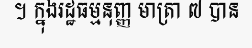
។ ក្នុងរដ្ឋធម្មនុញ្ញ មាត្រា ៧ បាន